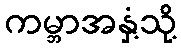
ကမ္ဘာအနှံ့သို့